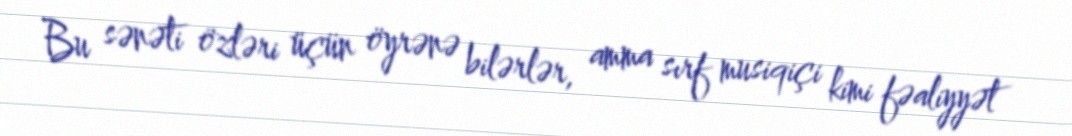
Bu sənəti özləri üçün öyrənə bilərlər, amma sırf musiqiçi kimi fəaliyyət